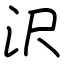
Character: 沢